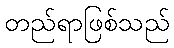
တည်ရာဖြစ်သည်